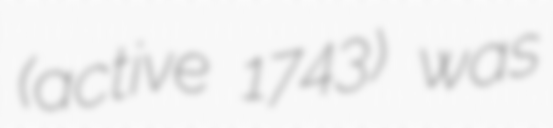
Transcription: (active 1743) was